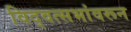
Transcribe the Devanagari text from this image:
विद्वत्सभांवरून